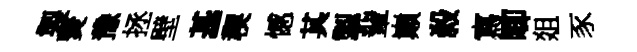
製燹豫拯壁基稧憾其掣輩巔殺寫唧爼豕